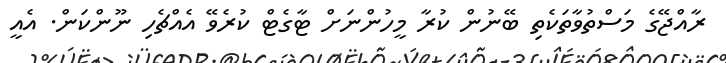
ރާއްޖޭގެ މަސްތުވާތަކެތި ބޭނުން ކުރާ މީހުންނަށް ޓާގެޓް ކުރެވޭ އެއްޗެހި ނޫންކަން. އެއީ